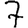
Digit: 7